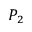
P _ { 2 }